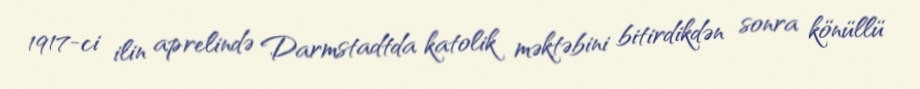
1917-ci ilin aprelində Darmstadtda katolik məktəbini bitirdikdən sonra könüllü